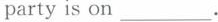
party is on___.